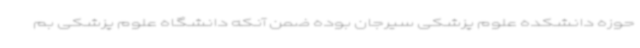
حوزه دانشکده علوم پزشکی سیرجان بوده ضمن آنکه دانشگاه علوم پزشکی بم